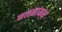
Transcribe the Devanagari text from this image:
मलमांमध्ये